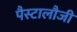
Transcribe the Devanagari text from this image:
पैस्टालौजी